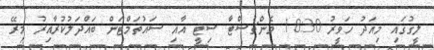
ލީގުގައި މިއަދު ހަވީރު 18:30 މެންޗެސްޓާ ސިޓީ އާއި ސައުތަމްޓަން ބައްދަލުކުރާއިރު މިރޭ